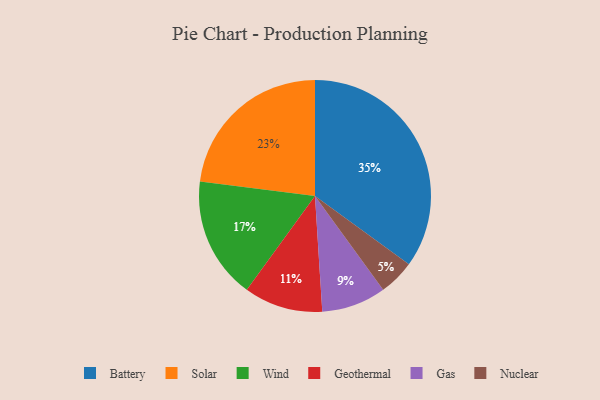
{"axis": {"x": "Category", "y": "Percentage"}, "legend": ["Battery", "Gas", "Geothermal", "Nuclear", "Solar", "Wind"], "data": [{"x": "Wind", "y": 17, "type": "Wind"}, {"x": "Nuclear", "y": 5, "type": "Nuclear"}, {"x": "Gas", "y": 9, "type": "Gas"}, {"x": "Solar", "y": 23, "type": "Solar"}, {"x": "Geothermal", "y": 11, "type": "Geothermal"}, {"x": "Battery", "y": 35, "type": "Battery"}]}